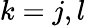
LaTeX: k=j,l